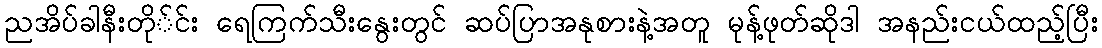
ညအိပ်ခါနီးတို်င်း ရေကြက်သီးနွေးတွင် ဆပ်ပြာအနုစားနဲ့အတူ မုန့်ဖုတ်ဆိုဒါ အနည်းငယ်ထည့်ပြီး